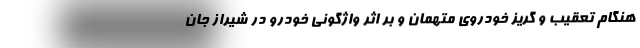
هنگام تعقیب و گریز خودروی متهمان و بر اثر واژگونی خودرو در شیراز جان